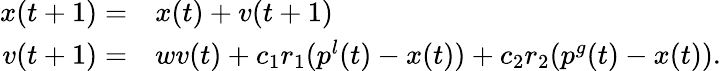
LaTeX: \begin{array}{rl}{x(t+1)=}&{{}x(t)+v(t+1)}\\ {v(t+1)=}&{{}wv(t)+c_{1}r_{1}(p^{l}(t)-x(t))+c_{2}r_{2}(p^{g}(t)-x(t)).}\end{array}